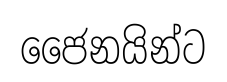
ජෛනයින්ට